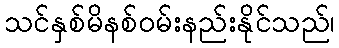
သင်နှစ်မိနစ်ဝမ်းနည်းနိုင်သည်၊